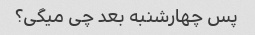
پس چهارشنبه بعد چی میگی؟